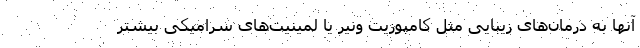
آنها به درمان‌های زیبایی مثل کامپوزیت ونیر یا لمینیت‌های سرامیکی بیشتر